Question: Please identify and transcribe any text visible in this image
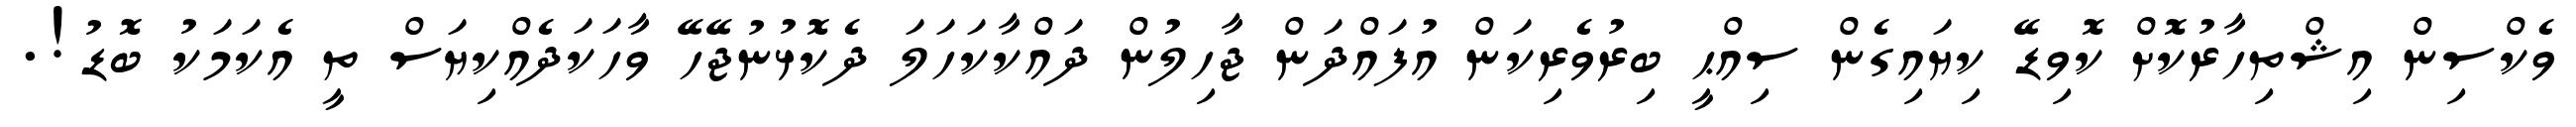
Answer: ވެކްސިން އިޝްތިހާރުކޮށް ކޮވިޑޭ ކިޔައިގެން ސިއްޙީ ބިރުވެރިކަން އުފައްދަން ޖާހިލުން ދައްކާކަހަލަ ދެކޮޅުނުޖޭހޭ ވާހަކަދެއްކިޔަސް ތީ އެކަމަކު ބޮޑު!.